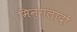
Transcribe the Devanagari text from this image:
मिन्गलादों